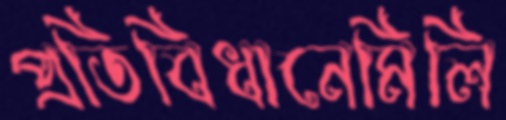
প্রতিবিধানেমিলি